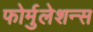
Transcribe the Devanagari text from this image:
फोर्मुलेशन्स